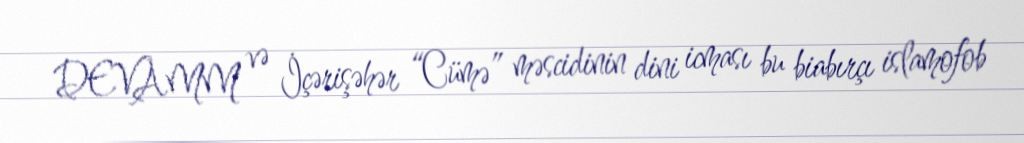
DEVAMM və İçərişəhər “Cümə” məscidinin dini icması bu biabırçı islamofob